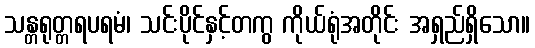
သန္တရုတ္တရပရမံ၊ သင်းပိုင်နှင့်တကွ ကိုယ်ရုံအတိုင်း အရှည်ရှိသော။